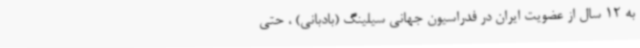
به 12 سال از عضویت ایران در فدراسیون جهانی سیلینگ (بادبانی) ، حتی